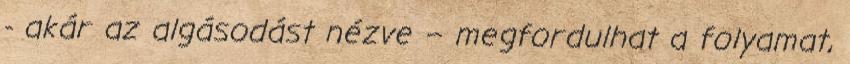
- akár az algásodást nézve – megfordulhat a folyamat,